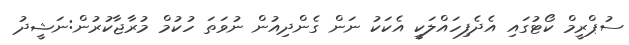
ސުޕްރީމް ކޯޓުގައި އެދެފިހައްލަކީ އެކަކު ނަން ގެންދިއުން ނުވަތަ ހުކުމް މުރާޖާކުރުން:ނަޝީދު